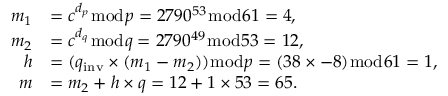
{ \begin{array} { r l } { m _ { 1 } } & { = c ^ { d _ { p } } { \bmod { p } } = 2 7 9 0 ^ { 5 3 } { \bmod { 6 } } 1 = 4 , } \\ { m _ { 2 } } & { = c ^ { d _ { q } } { \bmod { q } } = 2 7 9 0 ^ { 4 9 } { \bmod { 5 } } 3 = 1 2 , } \\ { h } & { = ( q _ { \mathrm { i n v } } \times ( m _ { 1 } - m _ { 2 } ) ) { \bmod { p } } = ( 3 8 \times - 8 ) { \bmod { 6 } } 1 = 1 , } \\ { m } & { = m _ { 2 } + h \times q = 1 2 + 1 \times 5 3 = 6 5 . } \end{array} }